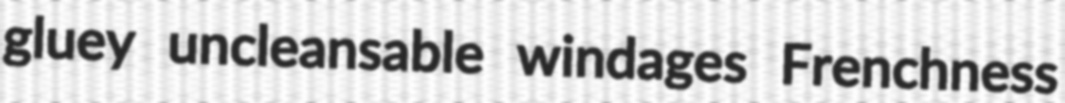
gluey uncleansable windages Frenchness